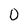
Character: 0